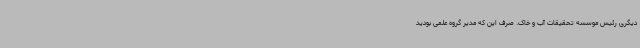
دیگری رئیس موسسه تحقیقات آب و خاک. صرف این که مدیر گروه علمی بودید